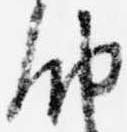
納